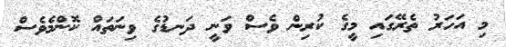
މި އަހަރު ތެރޭގައި މީގެ ކުރިން ވެސް ވަނީ ދަނޑުގެ ވިނަތައް ކޮންމެވެސް